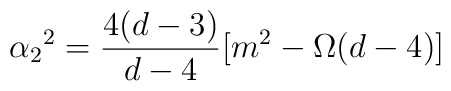
\alpha_2{}^2 = \frac{4(d-3)}{d-4} [ m^2 - \Omega (d-4)]